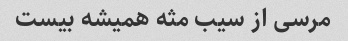
مرسی از سیب مثه همیشه بیست